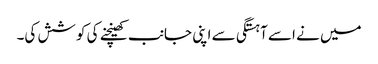
میں نے اسے آہستگی سے اپنی جانب کھینچنے کی کوشش کی۔